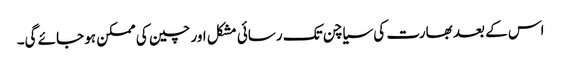
اس کے بعد بھارت کی سیاچن تک رسائی مشکل اور چین کی ممکن ہو جائے گی۔